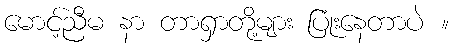
မောင့်ညီမ နာ တာရှာတို့များ ပြုံးနေတာပဲ ။